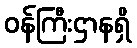
ဝန်ကြီးဌာနရှိ